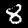
Digit: 8